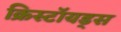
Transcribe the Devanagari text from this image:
क्रिस्टॉयड्स